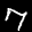
Label: 7